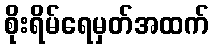
စိုးရိမ်ရေမှတ်အထက်